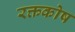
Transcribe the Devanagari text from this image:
रक्तकोष